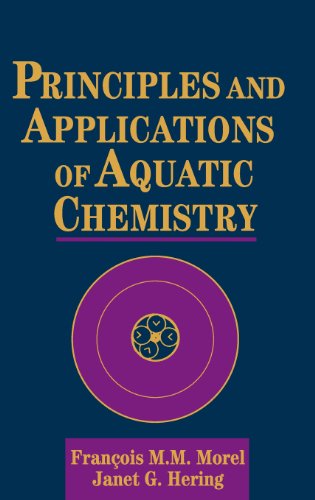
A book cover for Principles and Applications of Aquatic Chemistry; FranÃ§ois M. M. Morel; Science & Math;